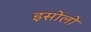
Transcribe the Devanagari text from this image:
इसोलो